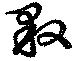
斁